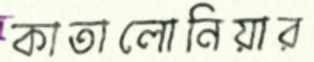
কাতালোনিয়ার